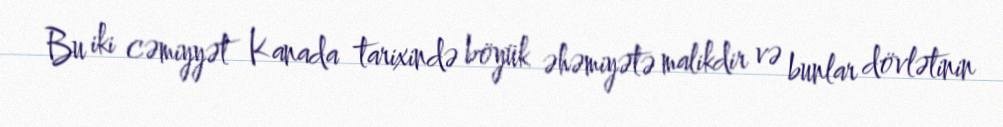
Bu iki cəmiyyət Kanada tarixində böyük əhəmiyətə malikdir və bunlar dövlətinin